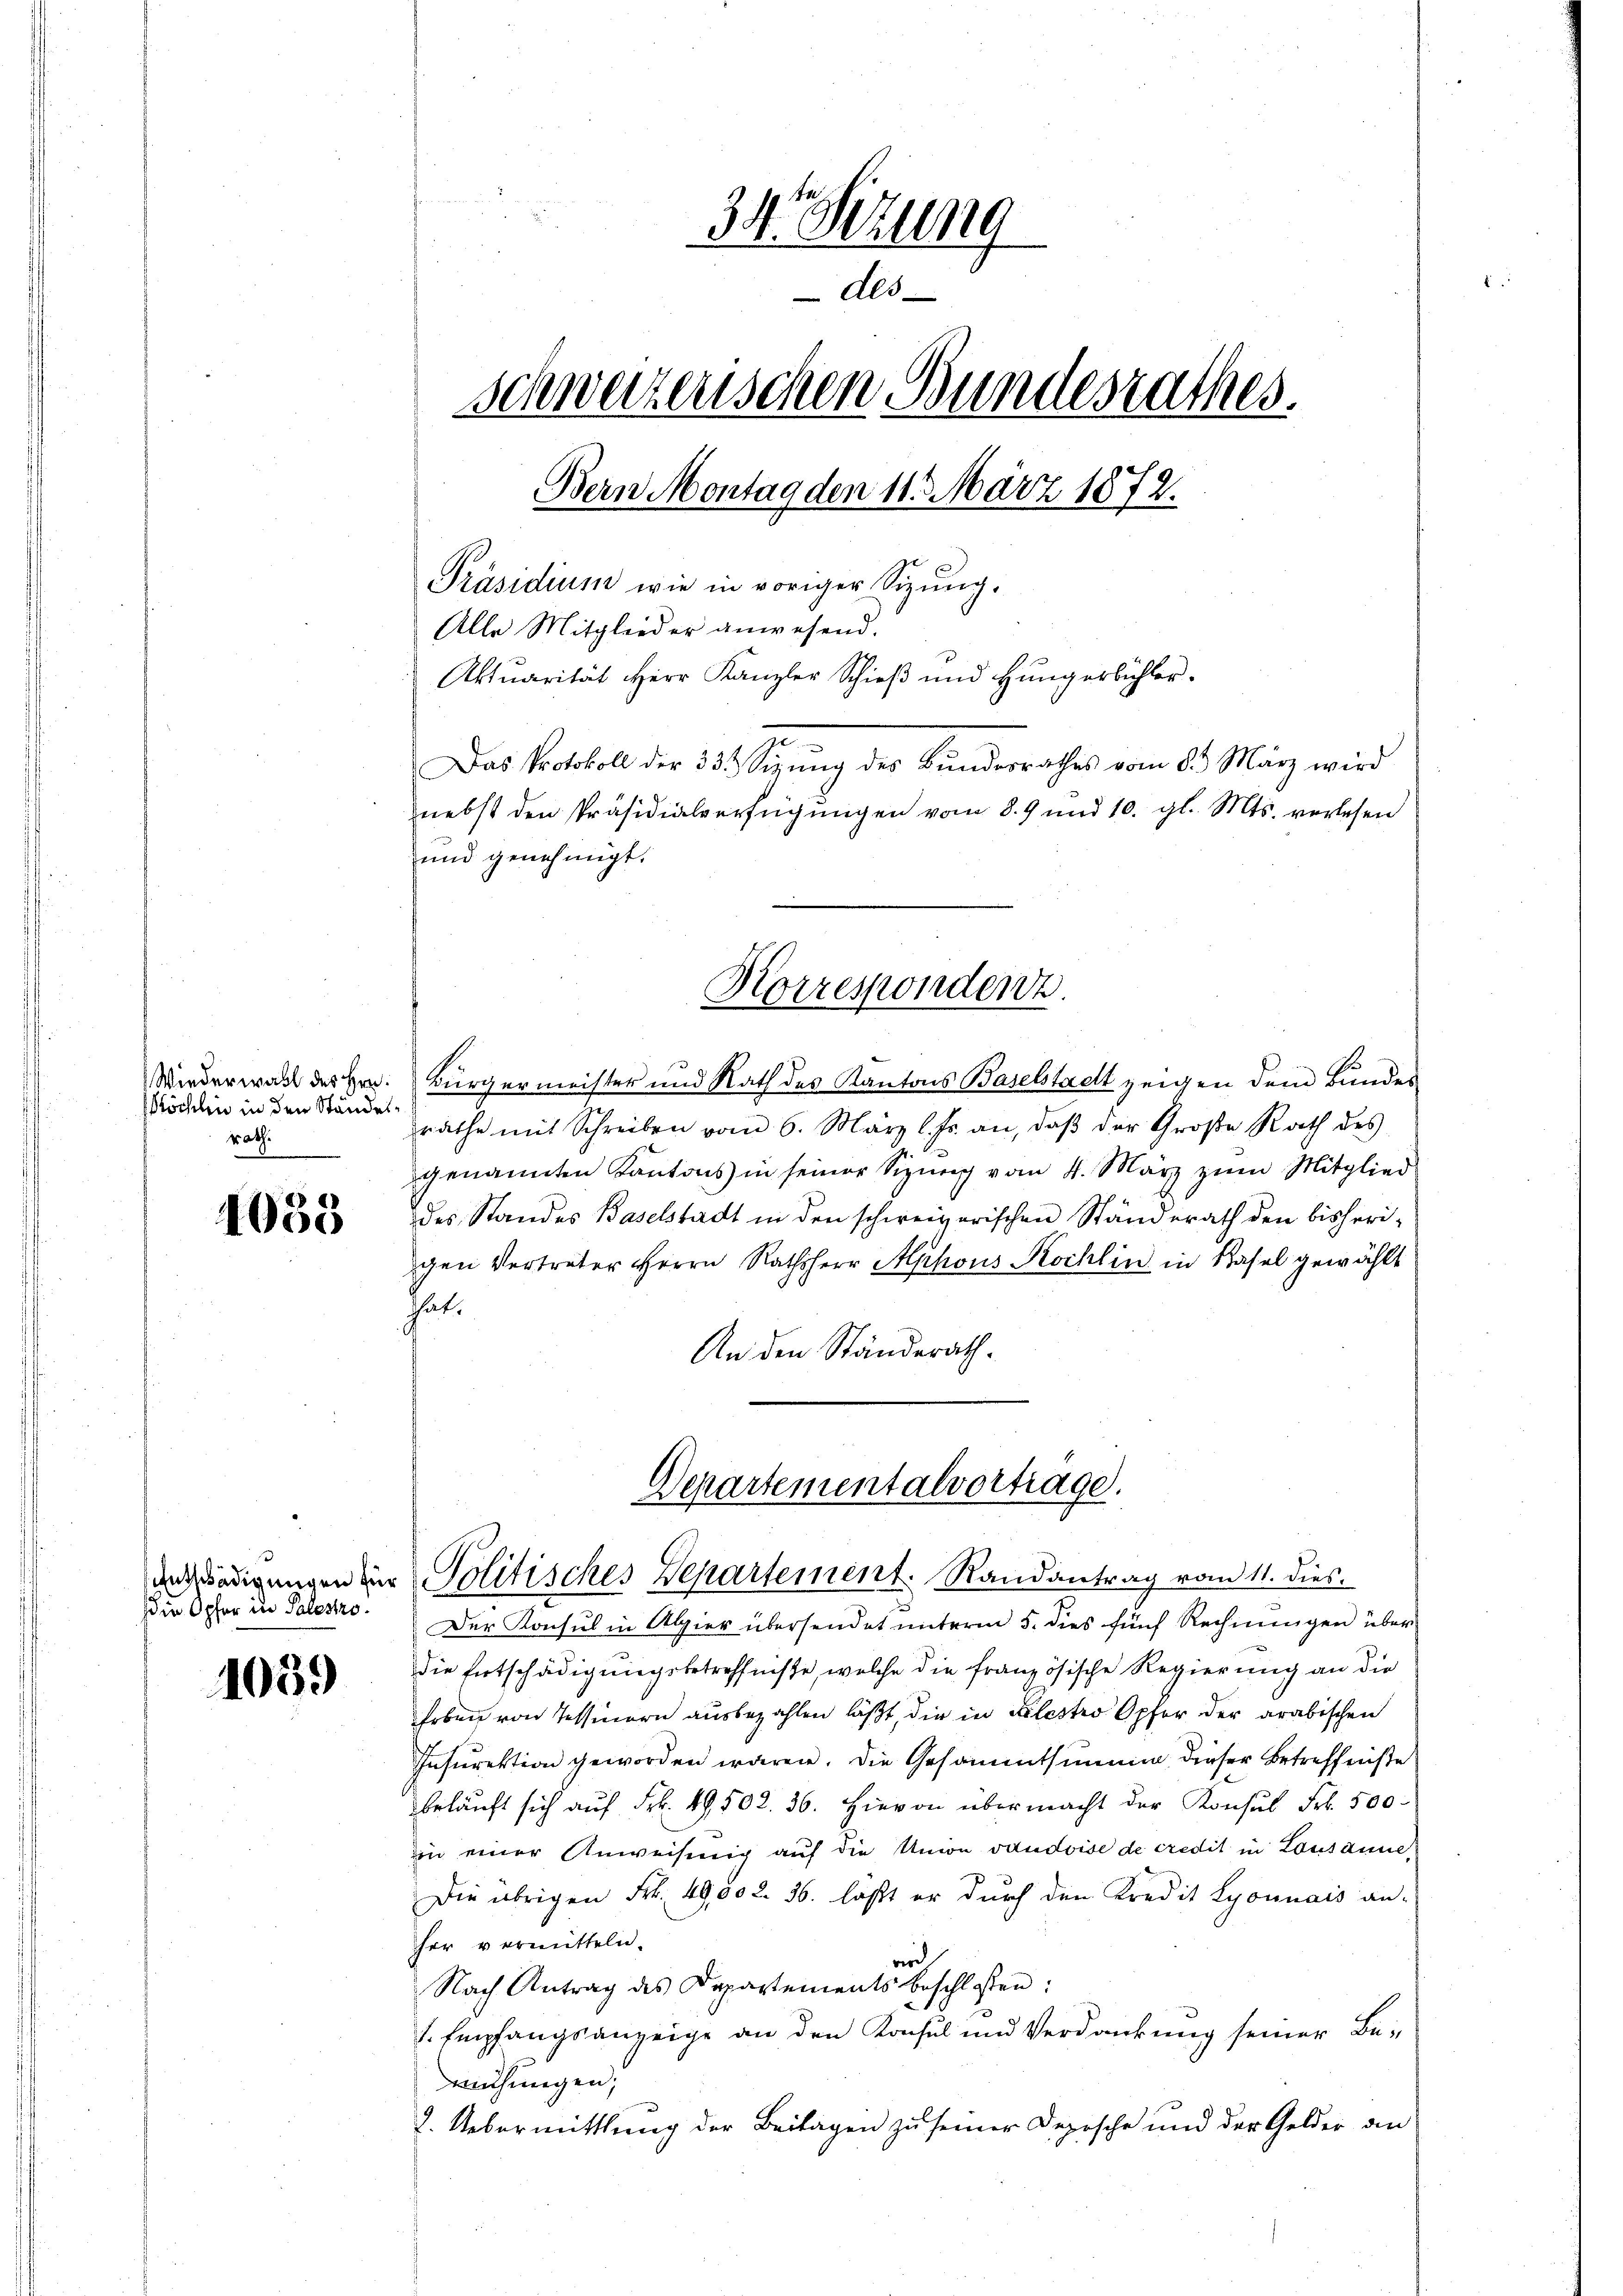
Köchlin in den Ständesrath

4058

Die Opfer in Palestro¬

1039

34. Sitzung
Als
Schweizerischen Bundesrathes.
Bern Montag den 11. März 1872.
Präsidium wie in voriger Syŭng.
Alle Mitglieder anwesend.
Aktuarität Herr Kanzler Schieß und Hungerbühler.
Das Protokoll der 334 Sizung des Bundesrathes vom 8. März wird
nebst den Präsidialverfügŭngen vom 8. 9 und 10. gl. Mts. verlesen
und genehmigt.

Wiederwalt des Hrn. Bürgermeister und Rath des Kantons Baselstadt zeigen dem Bundes
räthe mit Schreiben vom 6. März l. Js. an, daβ der Große Rath des
genannten Kantons in seiner Sizung vom 4. März zum Mitglied
des Standes Baselstadt in den schweizerischen Standerath den bisherigen Vertreter Herrn Rathsherr Alphons Kochlin in Basel gewählt
hut.
An den Ständerath.

Korrespondenz.

Departementalvortrage.
anadigungen zur Politisches Departement. Randantrag vom 11. dies

Der Konsul in Alpier übersendet unterm 5. dies fünf Rechnungen überdie Entschädigungsbetreffnisse, welche die französische Regierung an die
hoben von Tessinern ausbezahlen läßt, die in Klestro Opfer der arabischen
Instrektion geworden wären. Die Gesammtsumme dieser Betreffniße
beläuft sich aŭf Frk. 49, 502. 36. Hievon übermacht der Konsul Frk. 500
in einer Anweisung auf die Union vaudoise de credit in Lausanne,
Die übrigen Frk. 49,00 r. 36. läßt er dŭrch den Kredit Lyonnais an-
her vermitteln.
wird
Nach Antrag des Departements beschlossen:
1. Empfangsanzeige an den Konsul und Verdankung seiner Be-
mühungen;
2. Uebermittlung der Beilagen zu seiner Depische und der Gelder an